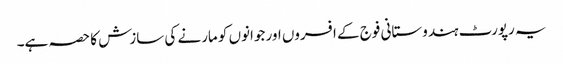
یہ رپورٹ ہندوستانی فوج کے افسروں اور جوانوں کو مارنے کی سازش کا حصہ ہے۔